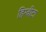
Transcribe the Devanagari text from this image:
हिग्वीटा